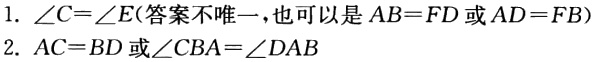
1. $\angle C = \angle E$（答案不唯一，也可以是$AB = FD$或$AD = FB$）
2. $AC = BD$或$\angle CBA=\angle DAB$